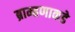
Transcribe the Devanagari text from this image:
ब्राम्हणाकडे